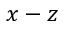
x - z